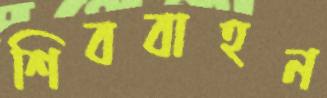
শিববাহন